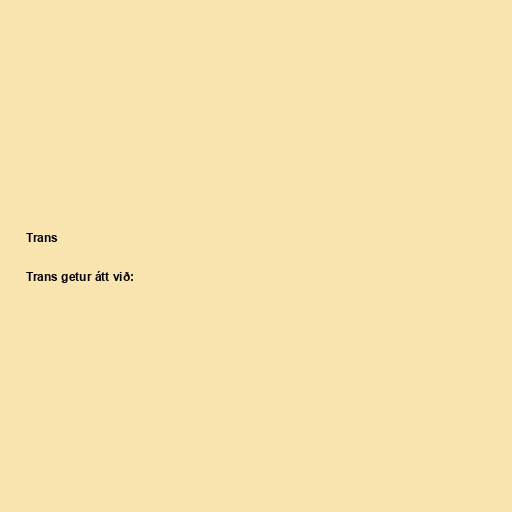
Trans

Trans getur átt við: